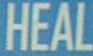
HEAL